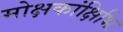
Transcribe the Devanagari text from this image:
मोक्षकांक्षिभिः